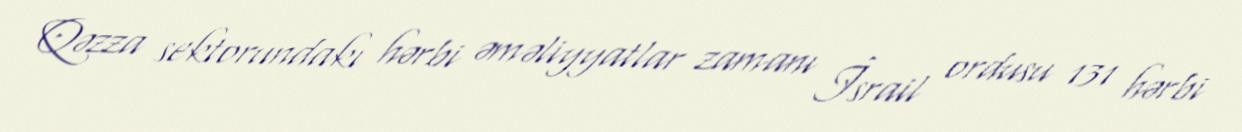
Qəzza sektorundakı hərbi əməliyyatlar zamanı İsrail ordusu 131 hərbi